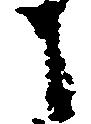
も